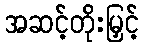
အဆင့်တိုးမြှင့်